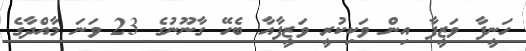
ހަނީފާ ވަޒީފާ އިން ވަކިކުރީ ވަޒީފާއާ ބެހޭ ގާނޫނުގެ 23 ވަނަ މާއްދާގެ